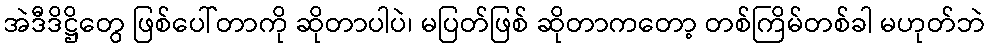
အဲဒီဒိဋ္ဌိတွေ ဖြစ်ပေါ်တာကို ဆိုတာပါပဲ၊ မပြတ်ဖြစ် ဆိုတာကတော့ တစ်ကြိမ်တစ်ခါ မဟုတ်ဘဲ